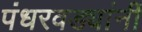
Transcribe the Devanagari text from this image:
पंधरवड्यांनीं